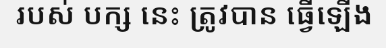
របស់ បក្ស នេះ ត្រូវបាន ធ្វើឡើង